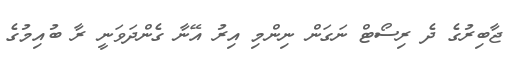
ޖާބިރުގެ ދެ ރިސޯޓް ނަގަން ނިންމި އިރު އޭނާ ގެންދަވަނީ ރާ ބުއިމުގެ